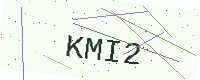
Text: KMI2